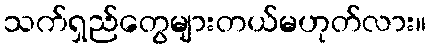
သက်ရှည်တွေများတယ်မဟုတ်လား။